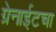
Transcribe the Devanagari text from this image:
ग्रेनाईटचा